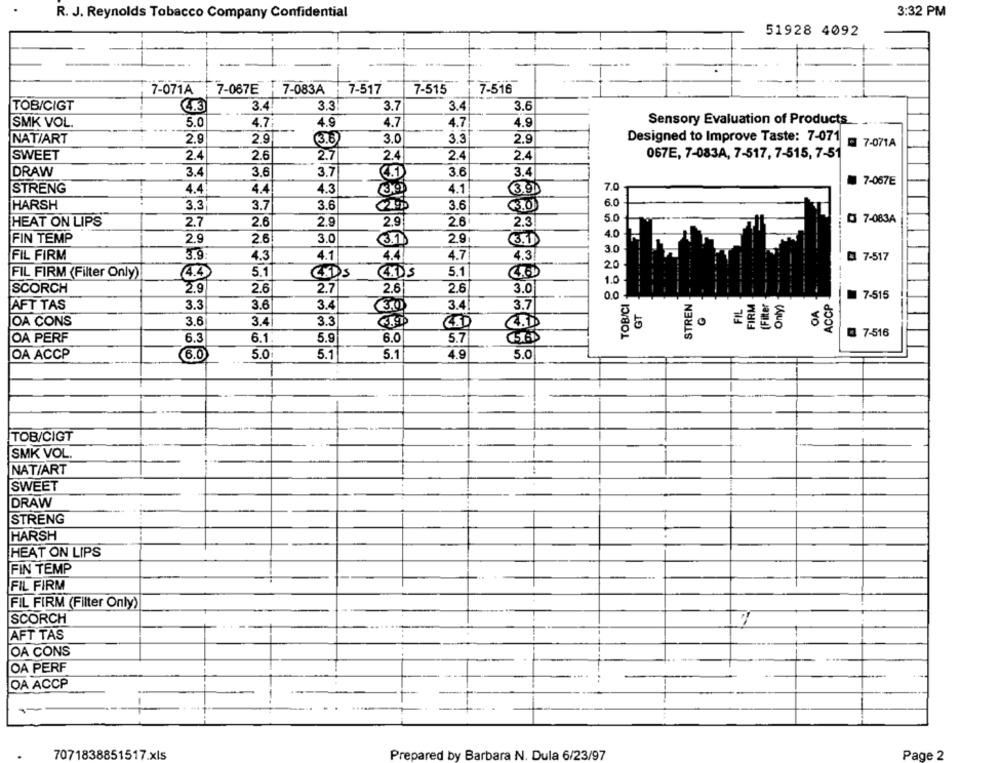
R. J. Reynolds Tobacco Company Confidential
3:32 PM
51928 4092
7-071A
7-067E - 7-083A
7-517
7-515
7-516
TOB/CIGT
4.3
3.4
3.3!
3.7
3.4
3.6
4.9
4.7
4.7
Sensory Evaluation of Products
SMK VOL.
5.0
4.7
4.9
2.9
Designed to Improve Taste: 7-071
NAT/ART
2.9
(3.6
3.0
3.3
2.9
7-071A
SWEET
2.4
2.6
2.7
2.4
2.4
2.4
067E, 7-083A, 7-517, 7-515, 7-51
DRAW
3.4
3.6
3.7
3.6
3.4
7-067E
STRENG
4.4
4.4
4.3
4.1
3.90
7.0
HARSH
3.3
3.7
3.6
3.6
3.0
2.9
2.9
2.6
2.3
0 7-083A
HEAT ON LIPS
2.7
2.6
FIN TEMP
2.9
2.6
3.0
3.7
2.9
3.0
FIL FIRM
3.9
4.3
4.1
4.4
4.7
4.3
0 7-517
FIL FIRM (Filter Only)
4.4
5.1
4.DS
5.1
4.60
SCORCH
2.9
2.6
2.7
2.6
2.6
3.0
0.0
TOBICI
STREN
FIRM
Filter
ACCP
7-515
AFT TAS
3.3
3.6
3.4
34
3.7
FIL
Only)
OA
30
3.6
3.4
0
OA CONS
3.3
C.D
4.1
5
3 7-516
OA PERF
6.3
6.1.
5.9
6.0
5.7
5.65
OA ACCP
(6.0
5.0
5.1
5.1
4.9
5.0
TOB/CIGT
SMK VOL.
NAT/ART
:
SWEET
DRAW
STRENG
HARSH
HEAT ON LIPS
FIN TEMP
FIL FIRM
FIL FIRM (Filter Only)
SCORCH
AFT TAS
OA CONS
OA PERF
OA ACCP
7071838851517.xls
Prepared by Barbara N. Dula 6/23/97
Page 2